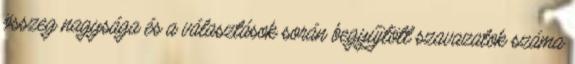
összeg nagysága és a választások során begyűjtött szavazatok száma